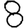
Digit: 8